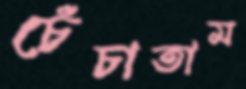
চেঁচাতাম